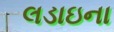
લડાઇના